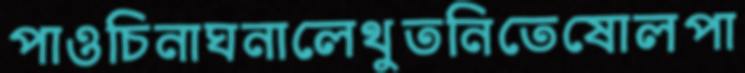
পাওচিনাঘনালেথুতনিতেষোলপা